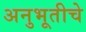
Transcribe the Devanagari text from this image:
अनुभूतीचे